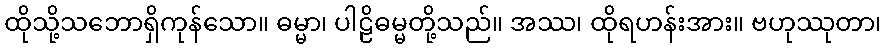
ထိုသို့သဘောရှိကုန်သော။ ဓမ္မာ၊ ပါဠိဓမ္မတို့သည်။ အဿ၊ ထိုရဟန်းအား။ ဗဟုဿုတာ၊